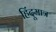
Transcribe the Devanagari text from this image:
हिंदूमात्र